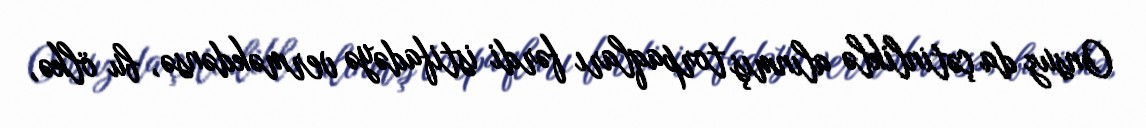
Onsuz da çətinliklə alınmış torpaqları fərdi istifadəyə verməkdənsə, bu ölkə,